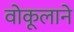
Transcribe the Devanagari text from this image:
वोकूलाने